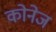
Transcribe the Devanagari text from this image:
कोनेज